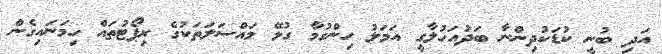
އަދި ބުނީ ކުޑަކުދިންނާ ބަދުއަހުލާގީ އަމަލު ހިންގުމާ ގުޅޭ މައްސަލަތަކުގެ ރިޕޯޓުތައް ހިމަނައިގެން